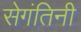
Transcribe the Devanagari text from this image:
सेगंतिनी